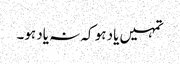
تمہیں یاد ہو کہ نہ یاد ہو۔